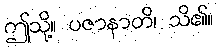
ဤသို့။ ပဇာနာတိ၊ သိ၏။